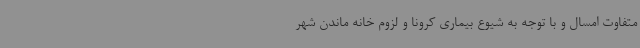
متفاوت امسال و با توجه به شیوع بیماری کرونا و لزوم خانه ماندن شهر